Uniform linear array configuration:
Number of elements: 16
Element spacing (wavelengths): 0.5
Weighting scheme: kaiser
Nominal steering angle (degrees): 45
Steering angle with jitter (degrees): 44.826
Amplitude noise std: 0.05
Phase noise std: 0.05

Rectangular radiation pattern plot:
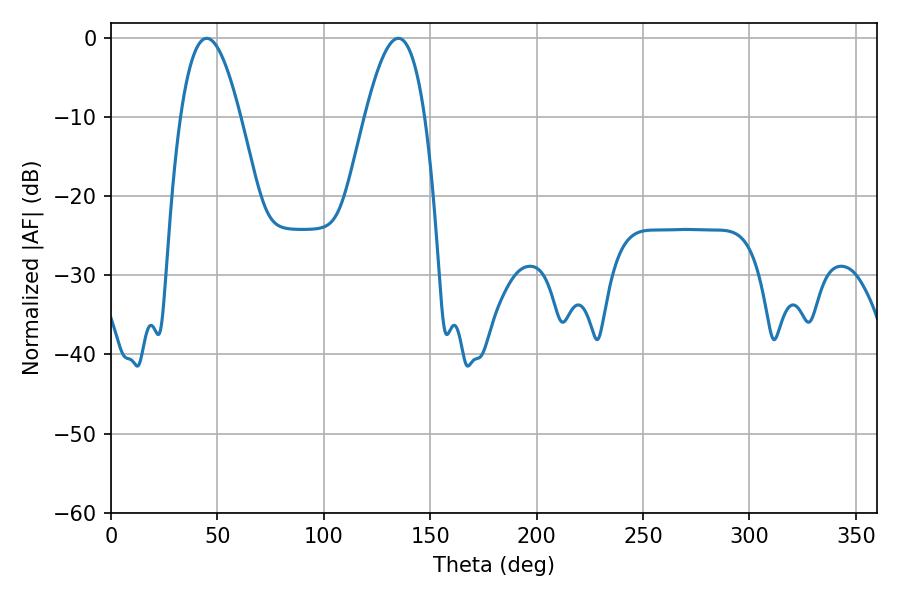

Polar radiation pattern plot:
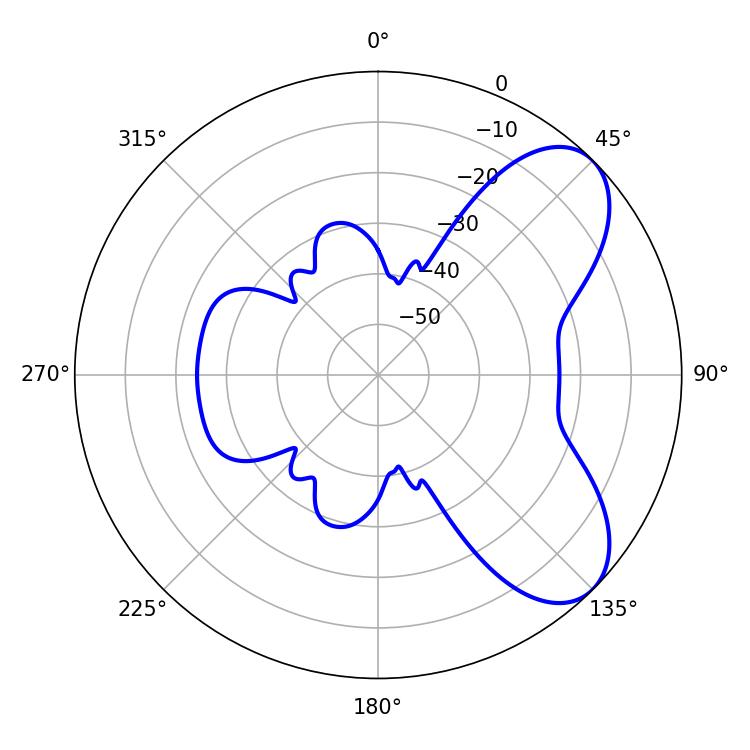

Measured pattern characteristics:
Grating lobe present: FALSE
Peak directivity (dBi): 6.846
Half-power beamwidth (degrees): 15.3
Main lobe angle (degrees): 45